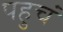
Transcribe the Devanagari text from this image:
पहुचं